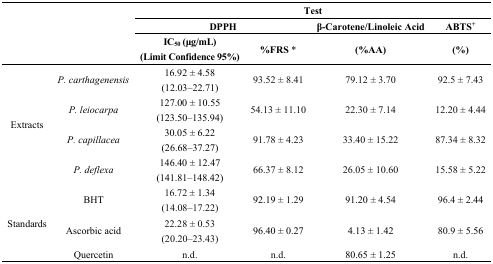
<table><thead><tr><td rowspan="3" colspan="2"></td><td colspan="4"><b>Test</b></td></tr><tr><td colspan="2"><b>DPPH</b></td><td><b>β-Carotene/Linoleic Acid</b></td><td><b>ABTS<sup>+</sup></b></td></tr><tr><td><b>IC<sub>50</sub> (μg/mL) (Limit Confidence 95%)</b></td><td><b>%FRS *</b></td><td><b>(%AA)</b></td><td><b>(%)</b></td></tr></thead><tbody><tr><td rowspan="8">Extracts</td><td rowspan="2"><i>P. carthagenensis</i></td><td>16.92 ± 4.58</td><td rowspan="2">93.52 ± 8.41</td><td rowspan="2">79.12 ± 3.70</td><td rowspan="2">92.5 ± 7.43</td></tr><tr><td>(12.03–22.71)</td></tr><tr><td rowspan="2"><i>P. leiocarpa</i></td><td>127.00 ± 10.55</td><td rowspan="2">54.13 ± 11.10</td><td rowspan="2">22.30 ± 7.14</td><td rowspan="2">12.20 ± 4.44</td></tr><tr><td>(123.50–135.94)</td></tr><tr><td rowspan="2"><i>P. capillacea</i></td><td>30.05 ± 6.22</td><td rowspan="2">91.78 ± 4.23</td><td rowspan="2">33.40 ± 15.22</td><td rowspan="2">87.34 ± 8.32</td></tr><tr><td> (26.68–37.27)</td></tr><tr><td rowspan="2"><i>P. deflexa</i></td><td>146.40 ± 12.47</td><td rowspan="2">66.37 ± 8.12</td><td rowspan="2">26.05 ± 10.60</td><td rowspan="2">15.58 ± 5.22</td></tr><tr><td>(141.81–148.42)</td></tr><tr><td rowspan="5">Standards</td><td rowspan="2">BHT</td><td>16.72 ± 1.34</td><td rowspan="2">92.19 ± 1.29</td><td rowspan="2">91.20 ± 4.54</td><td rowspan="2">96.4 ± 2.44</td></tr><tr><td>(14.08–17.22)</td></tr><tr><td rowspan="2">Ascorbic acid</td><td>22.28 ± 0.53</td><td rowspan="2">96.40 ± 0.27</td><td rowspan="2">4.13 ± 1.42</td><td rowspan="2">80.9 ± 5.56</td></tr><tr><td>(20.20–23.43)</td></tr><tr><td>Quercetin</td><td>n.d.</td><td>n.d.</td><td>80.65 ± 1.25</td><td>n.d.</td></tr></tbody></table>